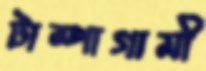
টাম্পাগামী